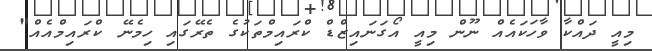
މިއީ ދައްކާ ވާހަކައެއް ނޫން މިއީ އޯގަނައިޒްޑް ކްރައިމްތަކުގެ ތެރޭގައި ހިމެނޭ ކްރައިމްއެއް"